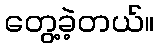
တွေ့ခဲ့တယ်။